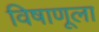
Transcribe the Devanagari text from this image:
विषाणूला